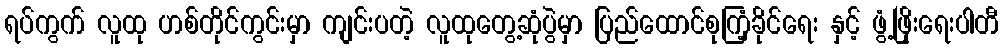
ရပ်ကွက် လူထု ဟစ်တိုင်ကွင်းမှာ ကျင်းပတဲ့ လူထုတွေ့ဆုံပွဲမှာ ပြည်ထောင်စုကြံ့ခိုင်ရေး နှင့် ဖွံ့ဖြိုးရေးပါတီ